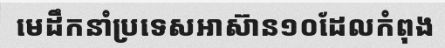
មេដឹកនាំប្រទេសអាស៊ាន១០ដែលកំពុង